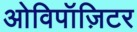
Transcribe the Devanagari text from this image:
ओविपॉज़िटर